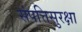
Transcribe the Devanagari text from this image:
संपत्तिसुरक्षा